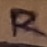
Text: R